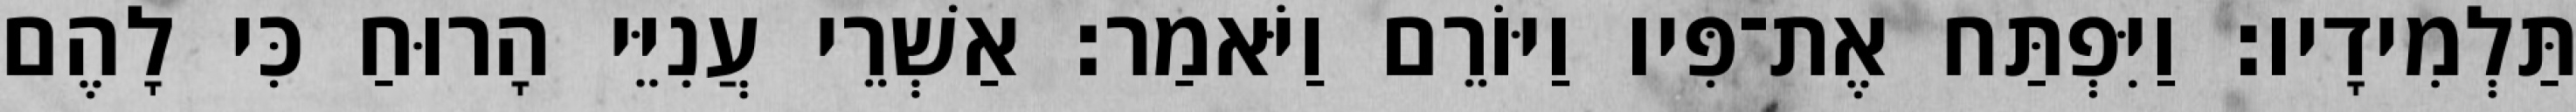
תַּלְמִידָיו׃ וַיִּפְתַּח אֶת־פִּיו וַיּוֹרֵם וַיֹּאמַר׃ אַשְׁרֵי עֲנִיֵּי הָרוּחַ כִּי לָהֶם